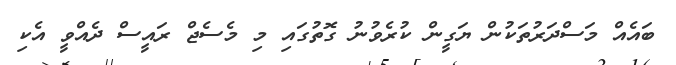
ބައެއް މަސްދަރުތަކުން ޔަގީން ކުރެވުނު ގޮތުގައި މި މެސެޖް ރައީސް ދެއްވީ އެކި